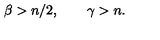
\beta > n / 2 , \qquad \gamma > n .